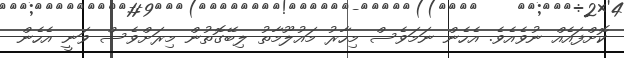
ކޮށްފައެއް ނުވެއެވެ. އެހެން ނަމަވެސް މިހާރު މައުލޫމާތު ލިބޭގޮތުން މިރަށްވެސް ވަނީ އެހެން